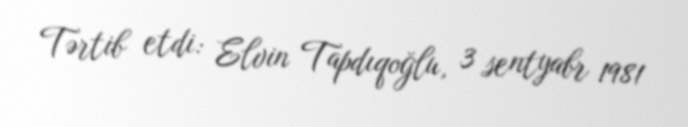
Tərtib etdi: Elvin Tapdıqoğlu, 3 sentyabr 1981